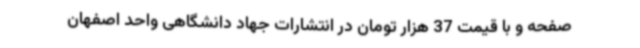
صفحه و با قیمت 37 هزار تومان در انتشارات جهاد دانشگاهی واحد اصفهان